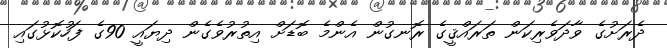
ދެރަށުގެ ވާދަވެރިކަން ތަރައްޤީގެ ރޮނގުން އެންމެ ބޮޑަށް އިތުރުވެގެން ދިޔައީ 90ގެ ފަހުކޮޅުގައި